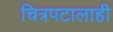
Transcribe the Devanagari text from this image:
चित्रपटालाही